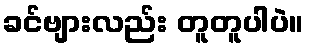
ခင်ဗျားလည်း တူတူပါပဲ။